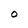
Character: O